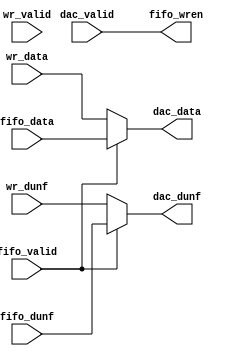
// ***************************************************************************
// ***************************************************************************
// @FILE    util_dac_switch.v
// @AUTHOR  JAY CONVERTINO
// @DATE    2021.08.05
// @BRIEF   Interface DAC DIFF and DAC DMA to lvds DAC
//
// @LICENSE MIT
//  Copyright 2021 Jay Convertino
//
//  Permission is hereby granted, free of charge, to any person obtaining a copy
//  of this software and associated documentation files (the "Software"), to 
//  deal in the Software without restriction, including without limitation the
//  rights to use, copy, modify, merge, publish, distribute, sublicense, and/or 
//  sell copies of the Software, and to permit persons to whom the Software is 
//  furnished to do so, subject to the following conditions:
//
//  The above copyright notice and this permission notice shall be included in 
//  all copies or substantial portions of the Software.
//
//  THE SOFTWARE IS PROVIDED "AS IS", WITHOUT WARRANTY OF ANY KIND, EXPRESS OR 
//  IMPLIED, INCLUDING BUT NOT LIMITED TO THE WARRANTIES OF MERCHANTABILITY, 
//  FITNESS FOR A PARTICULAR PURPOSE AND NONINFRINGEMENT. IN NO EVENT SHALL THE
//  AUTHORS OR COPYRIGHT HOLDERS BE LIABLE FOR ANY CLAIM, DAMAGES OR OTHER 
//  LIABILITY, WHETHER IN AN ACTION OF CONTRACT, TORT OR OTHERWISE, ARISING 
//  FROM, OUT OF OR IN CONNECTION WITH THE SOFTWARE OR THE USE OR OTHER DEALINGS
//  IN THE SOFTWARE.
// ***************************************************************************
// ***************************************************************************

`timescale 1ns/100ps

// util_dac_switch
module util_dac_switch #(
    parameter BYTE_WIDTH = 1
  )
  (
    // dma fifo input
    input fifo_valid,
    input [(BYTE_WIDTH*8)-1:0] fifo_data,
    input fifo_dunf,
    output fifo_wren,
    // dac diff input
    input [(BYTE_WIDTH*8)-1:0] wr_data,
    input wr_valid,
    input wr_dunf,
    // dac output
    output [(BYTE_WIDTH*8)-1:0] dac_data,
    output                      dac_dunf,
    input                       dac_valid
  );
  
  assign dac_data = (fifo_valid == 1'b1 ? fifo_data : wr_data);
  
  assign fifo_wren = dac_valid;
  
  assign dac_dunf  = (fifo_valid == 1'b1 ? fifo_dunf : wr_dunf);
  
endmodule